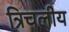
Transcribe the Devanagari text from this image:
त्रिचलीय